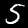
Label: 5